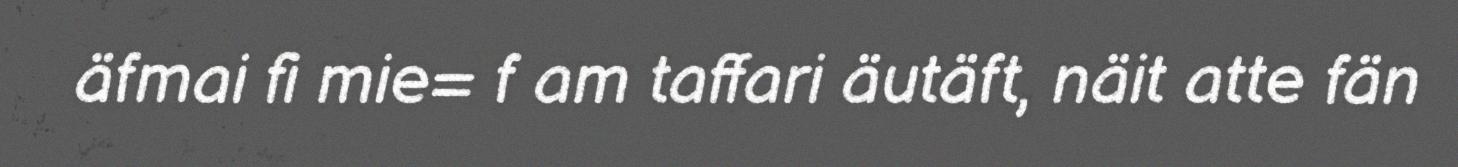
äfmai fi mie= f am taffari äutäft, näit atte fän